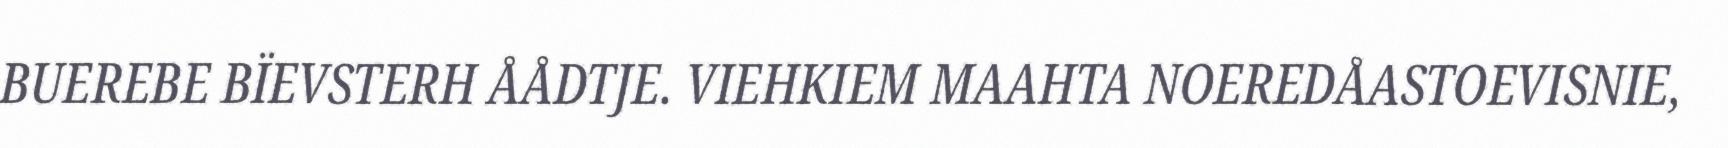
BUEREBE BÏEVSTERH ÅÅDTJE. VIEHKIEM MAAHTA NOEREDÅASTOEVISNIE,